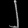
Digit: ၂